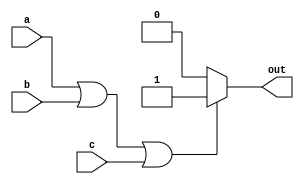
module OR_gate(input wire a, input wire b, input wire c, output reg out);

always @(*)
begin
    if (a || b || c)
        out = 1;
    else
        out = 0;
end

endmodule